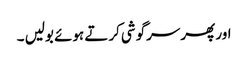
اور پھر سرگوشی کرتے ہوئے بولیں ۔